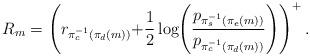
LaTeX: \begin{align*}R_{m}=\left(r_{\pi_{c}^{-1}\left(\pi_{d}\left(m\right)\right)}\negmedspace+\negmedspace\frac{1}{2}\log\negmedspace\left(\frac{p_{\pi_{s}^{-1}\left(\pi_{e}\left(m\right)\right)}}{p_{\pi_{c}^{-1}\left(\pi_{d}\left(m\right)\right)}}\right)\right)^{+}.\end{align*}